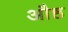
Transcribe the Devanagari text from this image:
औष्ठ